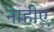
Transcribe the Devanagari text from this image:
नाहीए